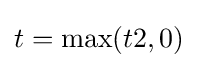
t=\max(t2,0)